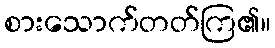
စားသောက်တတ်ကြ၏။